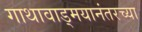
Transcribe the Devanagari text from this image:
गाथावाड्मयानंतरच्या